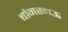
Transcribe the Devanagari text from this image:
बांगरमऊ